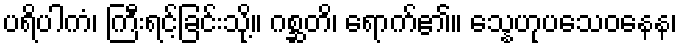
ပရိပါကံ၊ ကြီးရင့်ခြင်းသို့။ ဂစ္ဆတိ၊ ရောက်၏။ သ္နေဟုပသေဝနေန၊